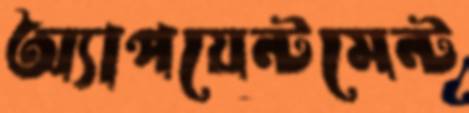
অ্যাপয়েন্টমেন্ট